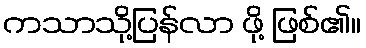
ကသာသို့ပြန်လာ ဖို့ ဖြစ်၏။